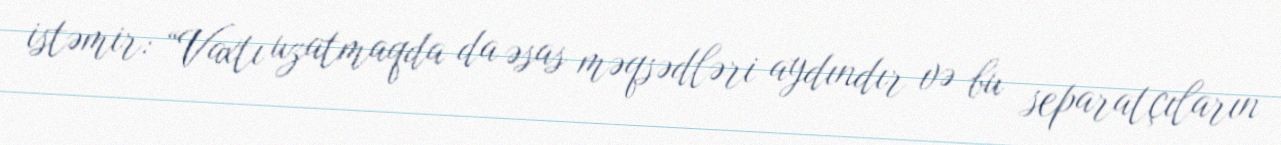
istəmir: “Vaxtı uzatmaqda da əsas məqsədləri aydındır və bu separatçıların